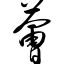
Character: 荟